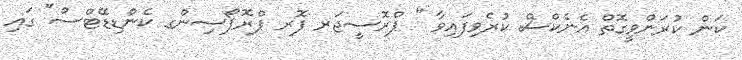
ކަން ކުރަންވީގޮތް އެނެކްސް ކުރެވިފައިވާ " ޕްރޮސީޖަރ ފޮރ ޕްރޮޕޯސިންގ ކެންޑިޑޭޓްސް" ގައި